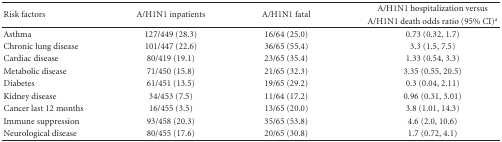
<table><thead><tr><td rowspan="2"><b>Risk factors</b></td><td rowspan="2"><b>A/H1N1 inpatients</b></td><td rowspan="2"><b>A/H1N1 fatal</b></td><td><b>A/H1N1 hospitalization versus</b></td></tr><tr><td><b>A/H1N1 death odds ratio (95% CI)<sup>a</sup></b></td></tr></thead><tbody><tr><td>Asthma</td><td>127/449 (28.3)</td><td>16/64 (25.0)</td><td>0.73 (0.32, 1.7)</td></tr><tr><td>Chronic lung disease</td><td>101/447 (22.6)</td><td>36/65 (55.4)</td><td>3.3 (1.5, 7.5)</td></tr><tr><td>Cardiac disease</td><td>80/419 (19.1)</td><td>23/65 (35.4)</td><td>1.33 (0.54, 3.3)</td></tr><tr><td>Metabolic disease</td><td>71/450 (15.8)</td><td>21/65 (32.3)</td><td>3.35 (0.55, 20.5)</td></tr><tr><td>Diabetes</td><td>61/451 (13.5)</td><td>19/65 (29.2)</td><td>0.3 (0.04, 2.11)</td></tr><tr><td>Kidney disease</td><td>34/453 (7.5)</td><td>11/64 (17.2)</td><td>0.96 (0.31, 3.01)</td></tr><tr><td>Cancer last 12 months</td><td>16/455 (3.5)</td><td>13/65 (20.0)</td><td>3.8 (1.01, 14.3)</td></tr><tr><td>Immune suppression</td><td>93/458 (20.3)</td><td>35/65 (53.8)</td><td>4.6 (2.0, 10.6)</td></tr><tr><td>Neurological disease</td><td>80/455 (17.6)</td><td>20/65 (30.8)</td><td>1.7 (0.72, 4.1)</td></tr></tbody></table>